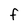
Character: F